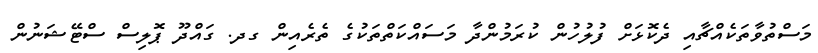
މަސްތުވާތަކެއްޗާއި ދެކޮޅަށް ފުލުހުން ކުރަމުންދާ މަސައްކަތްތަކުގެ ތެރެއިން ގދ. ގައްދޫ ޕޮލިސް ސްޓޭޝަނުން